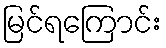
မြင်ရကြောင်း